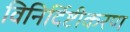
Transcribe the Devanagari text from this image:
विनिर्दिष्टीकरण